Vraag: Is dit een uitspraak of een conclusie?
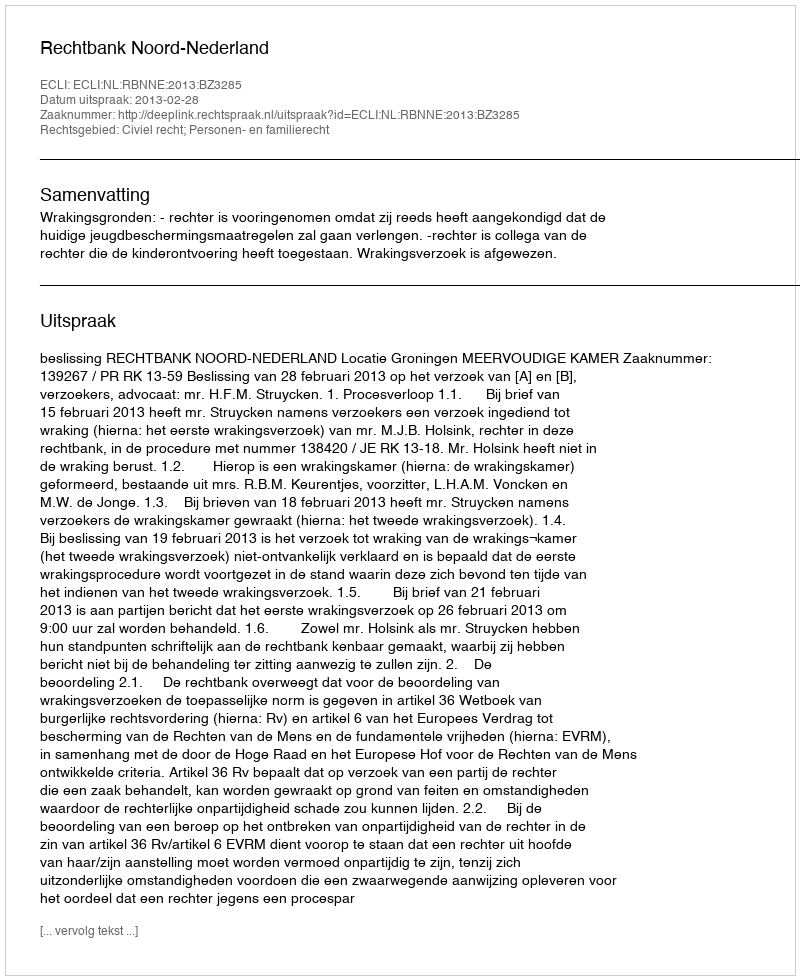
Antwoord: Uitspraak